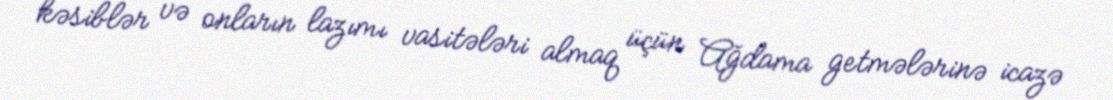
kəsiblər və onların lazımı vasitələri almaq üçün Ağdama getmələrinə icazə